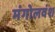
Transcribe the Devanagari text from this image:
मंगोलवंश